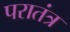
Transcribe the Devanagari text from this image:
परातंत्र